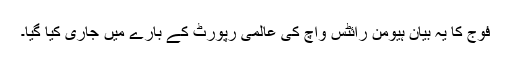
فوج کا یہ بیان ہیومن رائٹس واچ کی عالمی رپورٹ کے بارے میں جاری کیا گیا۔